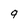
Character: q